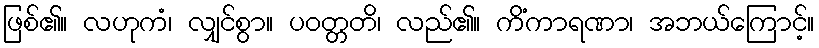
ဖြစ်၏။ လဟုကံ၊ လျှင်စွာ။ ပဝတ္တတိ၊ လည်၏။ ကိံကာရဏာ၊ အဘယ်ကြောင့်။